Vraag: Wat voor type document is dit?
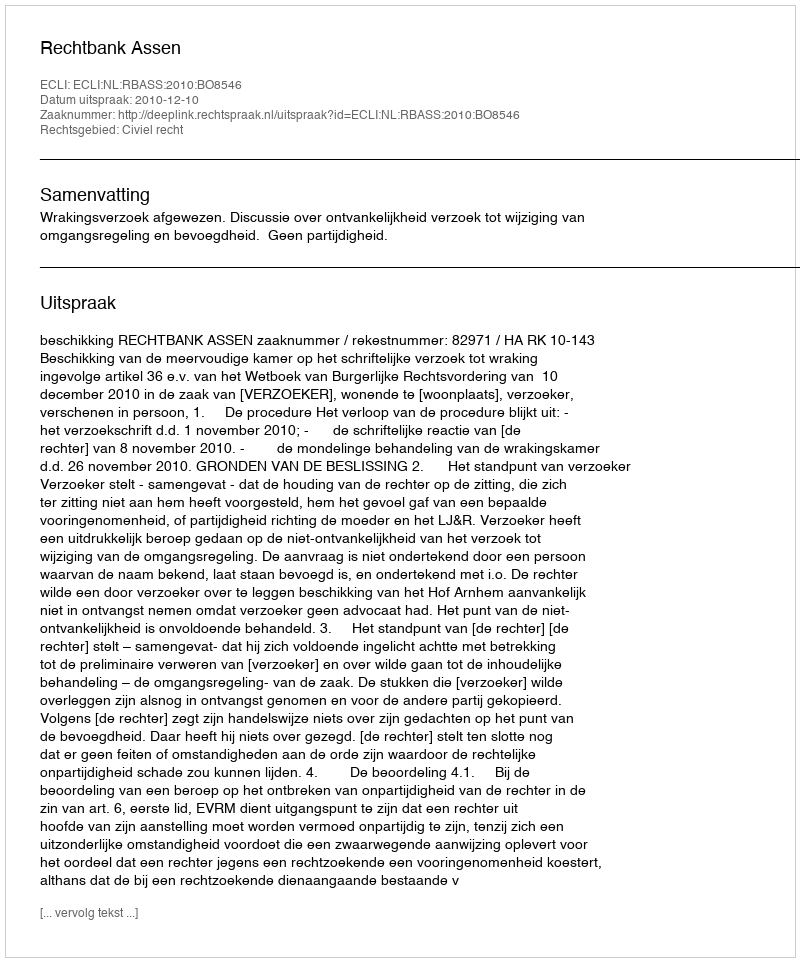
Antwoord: Uitspraak